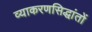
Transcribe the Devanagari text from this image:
व्याकरणसिद्धांतों